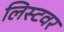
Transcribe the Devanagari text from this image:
लिस्टवर